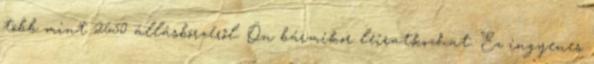
több mint 2650 állásbörzéről. Ön bármikor leiratkozhat. Ez ingyenes